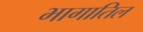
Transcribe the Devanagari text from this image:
भागातिल